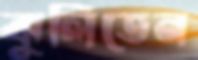
ঝুলিতেন